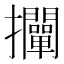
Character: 𢺛